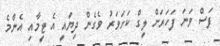
ފަސް ވަނަ ފަހަރަށް ލީގް ކަށަވަރު ވެގެން ދިޔައީ އެ ޓީމާއި އެންމެ